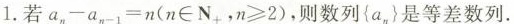
1.若$$a_{n} - a_{n-1} = n$$(n∈N_{+}，n≥2)，则数列{a_{n}}是等差数列。